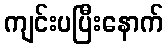
ကျင်းပပြီးနောက်